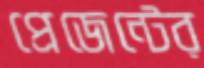
প্রেজেন্টের